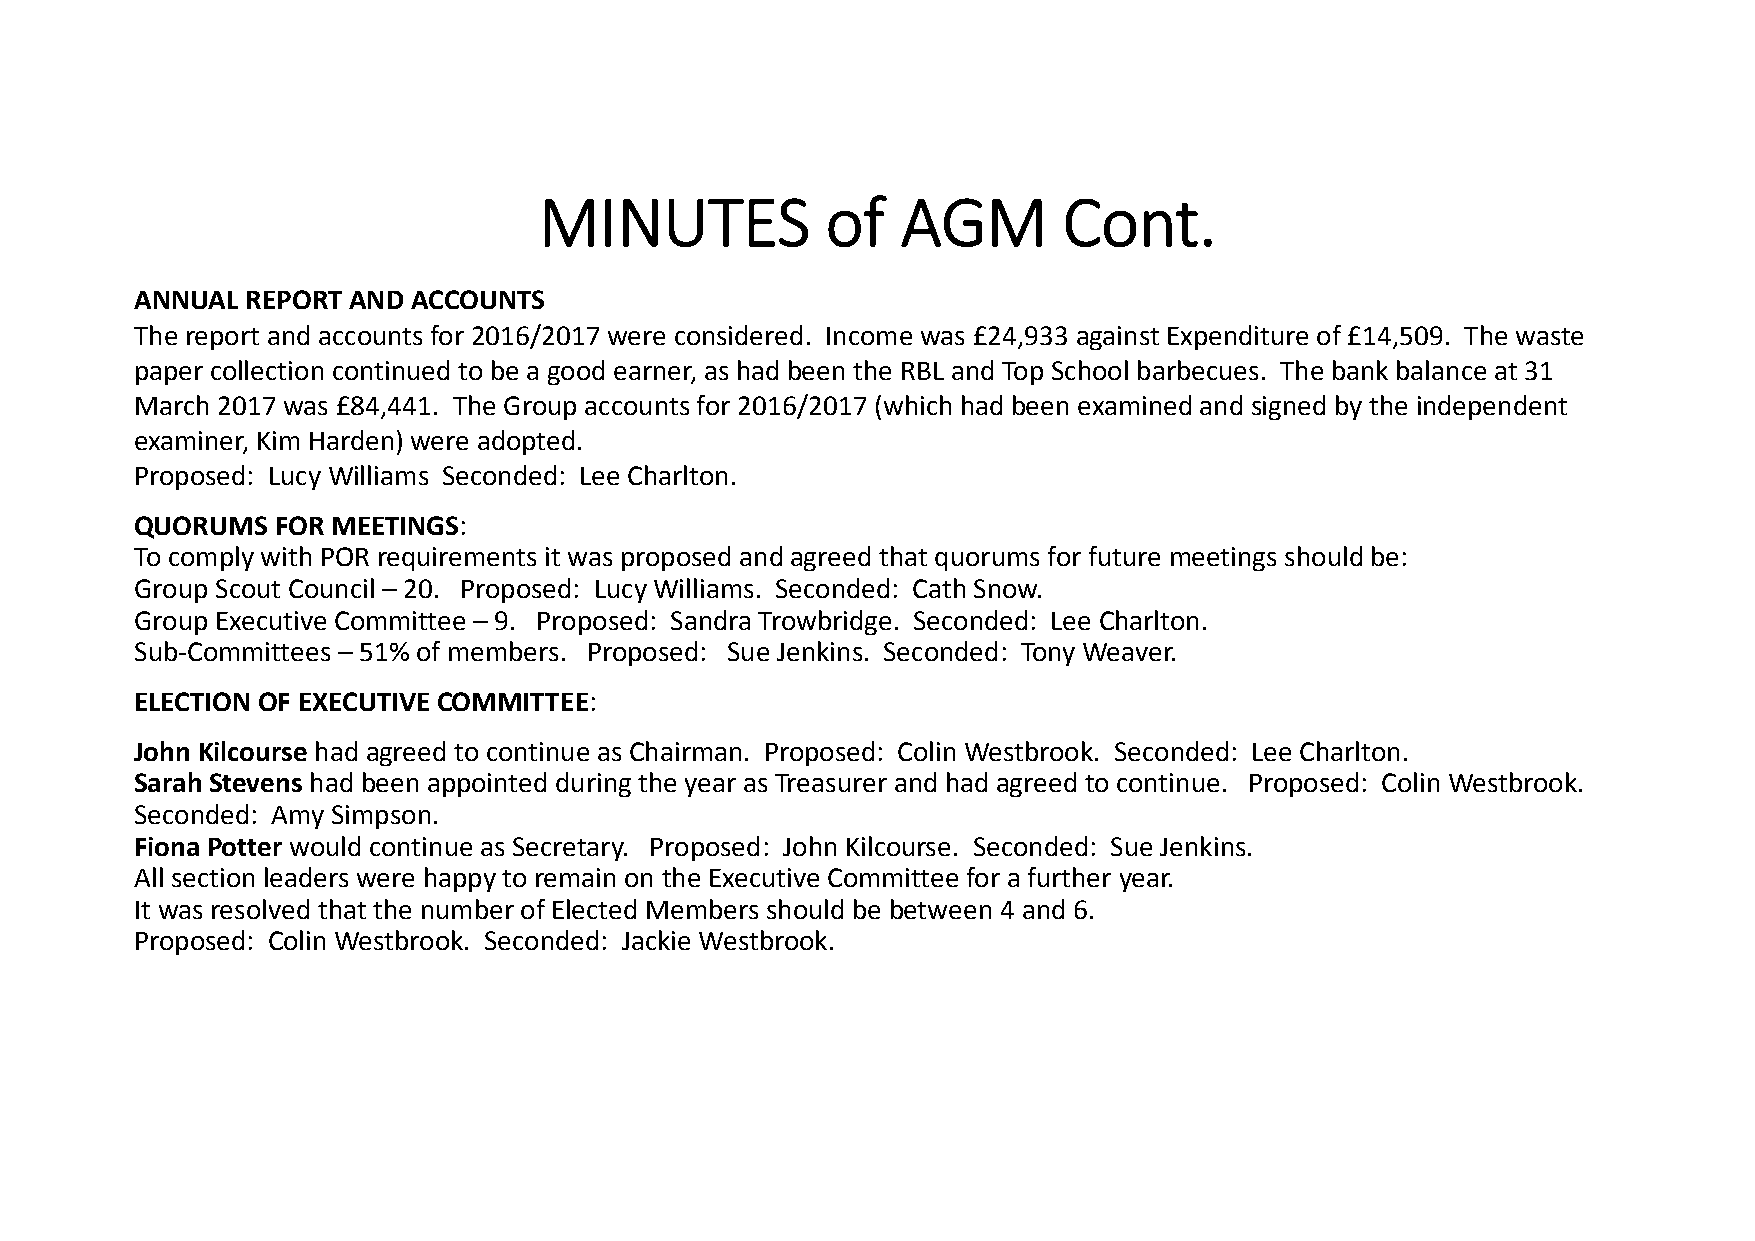
MINUTES            of   AGM       Cont.
 ANNUAL REPORT AND ACCOUNTS
 The report and accounts for 2016/2017 were considered. Income was £24,933 against Expenditure of £14,509. The waste
 paper collection continued to be a good earner, as had been the RBL and Top School barbecues. The bank balance at 31
 March 2017 was £84,441. The Group accounts for 2016/2017 (which had been examined and signed by the independent
 examiner, Kim Harden) were adopted.
 Proposed: Lucy Williams Seconded: Lee Charlton.
 QUORUMS  FOR MEETINGS:
 To comply with POR requirements it was proposed and agreed that quorums for future meetings should be:
 Group Scout Council – 20. Proposed: Lucy Williams. Seconded: Cath Snow.
 Group Executive Committee – 9. Proposed: Sandra Trowbridge. Seconded: Lee Charlton.
 Sub‐Committees – 51% of members. Proposed: Sue Jenkins. Seconded: Tony Weaver.
 ELECTION OF EXECUTIVE COMMITTEE:
 John Kilcourse had agreed to continue as Chairman. Proposed: Colin Westbrook. Seconded: Lee Charlton.
 Sarah Stevens had been appointed during the year as Treasurer and had agreed to continue. Proposed: Colin Westbrook.
 Seconded: Amy Simpson.
 Fiona Potter would continue as Secretary. Proposed: John Kilcourse. Seconded: Sue Jenkins.
 All section leaders were happy to remain on the Executive Committee for a further year.
 It was resolved that the number of Elected Members should be between 4 and 6.
 Proposed: Colin Westbrook. Seconded: Jackie Westbrook.